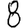
Digit: 8